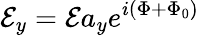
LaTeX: \mathcal{E}_{y}=\mathcal{E}a_{y}e^{i(\Phi+\Phi_{0})}